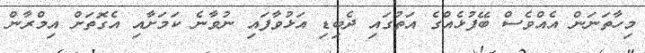
މިހާތަނަން އެއްވެސް ބޭފުޅެއްގެ އަތުގައި ދެބިޑި އަޅުވާފައި ނުވާނެ ކަމަށާއި އެގޮތަށް އިމްރާން